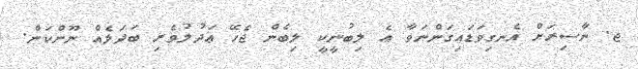
ޖ. ނާސިރަށް އެނގިވަޑައިގަންނަވާ އެ ލިބުނީކީ ލިބެން ޖެހޭ ޢަދުލުވެރި ބަދަލެއް ނޫންކަން.